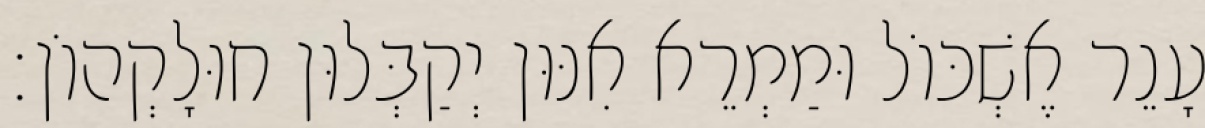
עָנֵר אֶשְׁכּוֹל וּמַמְרֵא אִנּוּן יְקַבְּלוּן חוּלָקְהוֹן׃